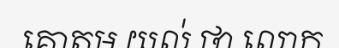
គោតម យល់ ថា លោក